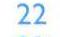
22